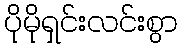
ပိုမိုရှင်းလင်းစွာ